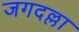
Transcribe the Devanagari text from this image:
जगदल्ला